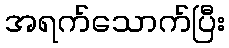
အရက်သောက်ပြီး